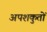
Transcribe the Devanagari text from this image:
अपशकुतों